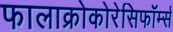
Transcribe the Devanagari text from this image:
फालाक्रोकोरेसिफॉर्म्स